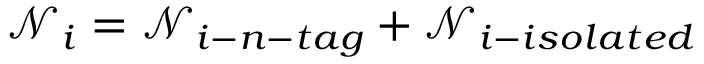
\mathcal { N } _ { i } = \mathcal { N } _ { i - n - t a g } + \mathcal { N } _ { i - i s o l a t e d }